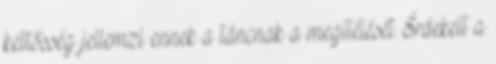
kettősség jellemzi ennek a táncnak a megítélését. Érdekelt a